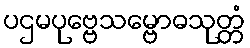
ပဌမပုဗ္ဗေသမ္ဗောဓသုတ္တံ